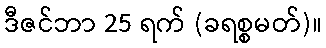
ဒီဇင်ဘာ 25 ရက် (ခရစ္စမတ်)။